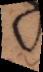
c